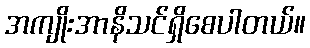
အကျိုးအာနိသင်ရှိစေပါတယ်။